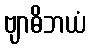
ဗျာဓိဘယံ